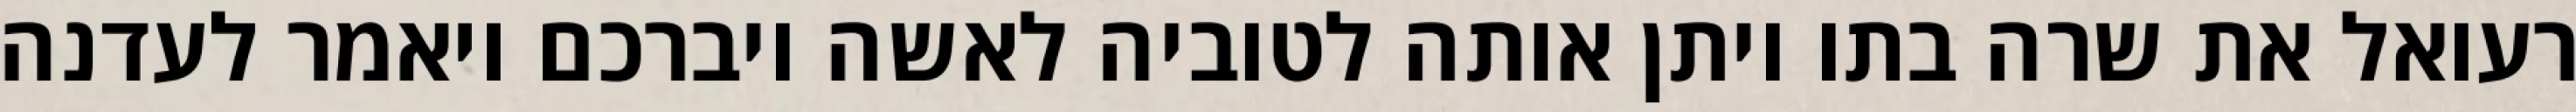
רעואל את שרה בתו ויתן אותה לטוביה לאשה ויברכם ויאמר לעדנה